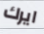
ايرك